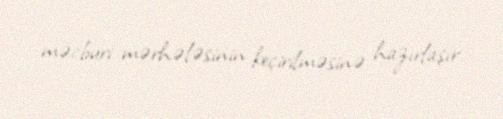
məcburi mərhələsinin keçirilməsinə hazırlaşır.